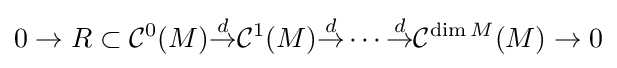
0\rightarrow R\subset {\mathcal {C}}^{0}(M){\stackrel {d}{\rightarrow }}{\mathcal {C}}^{1}(M){\stackrel {d}{\rightarrow }}\cdots {\stackrel {d}{\rightarrow }}{\mathcal {C}}^{\dim M}(M)\rightarrow 0